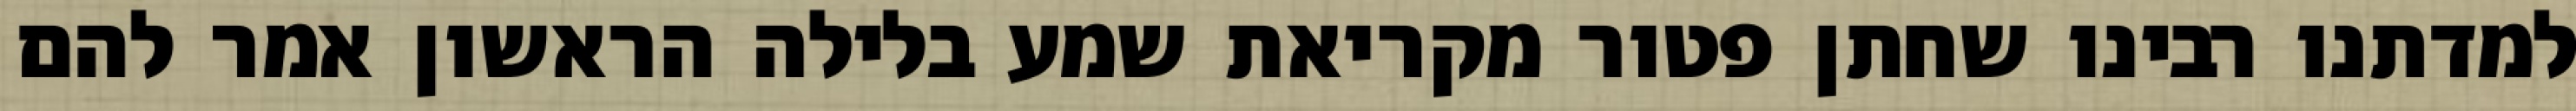
למדתנו רבינו שחתן פטור מקריאת שמע בלילה הראשון אמר להם